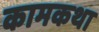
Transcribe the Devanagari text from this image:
कामकथा